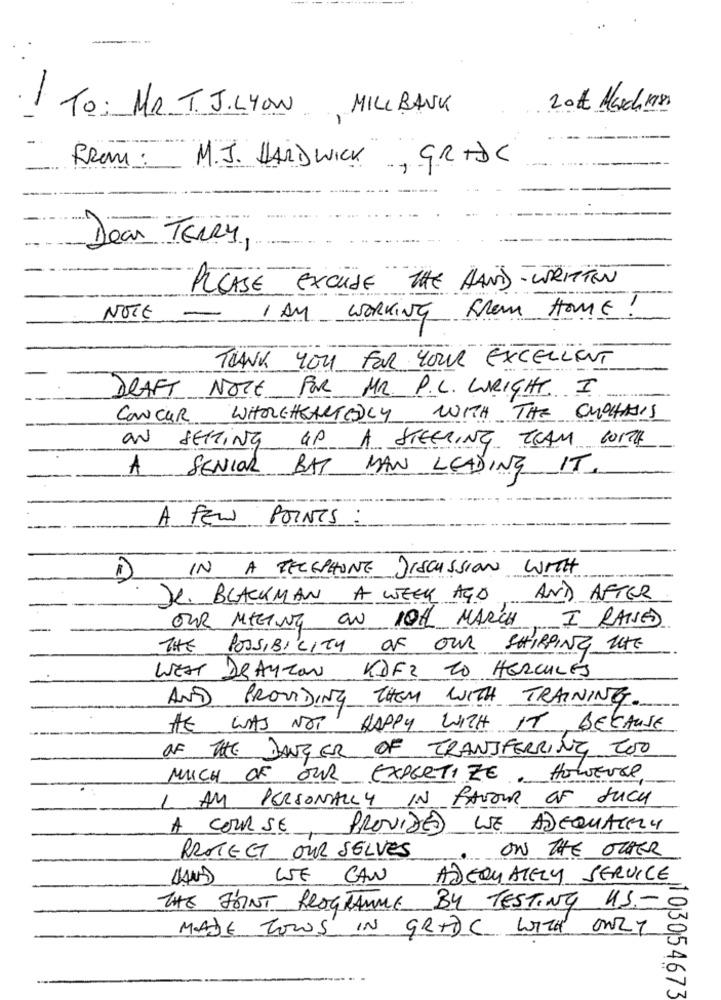
To: MR.T. J.LYON MILLBANK
20th March 1980
FROM:
M. J. HARDWICK , GRADE
Dear TERRY,
PLEASE EXCUSE THE HAND -WRITTEN
I AM WORKING FROM HOME !
NOTE
THANK YOU FOR YOUR EXCELLENT
DRAFT NOTE FOR MR. P.C. WRIGHT I
CONCUR WHOLEHEARTEDLY WITH THE CUPCHASIS
ON SETTING Up A STEERING TEAM WITH
A
SENIOR BAT MAN LEADING IT.
A FEW POINTS
IN A TELEPHONE DISCUSSION WITH
JK. BLACKMAN A WEEK AGO
AND AFTER
OUR MEETING ON 10th MARCH
I RAISED
THE POSSIBILITY OF OUR SHIPPING THE
WEST DRAYTON KDE2 10 HERCULES
AND PROVIDING THEM WITH TRAINING
HE WAS NOT HAPPY WITH IT BECAUSE
OF THE DANGER OF TRANSFERRING TOO
MUCH OF OUR EXPERTIZE, HOWEVER.
I AM PERSONALLY IN FAVOUR OF SUCH
A COURSE
PROVIDED LSE ADEQUATELY
ON THE OTHER
PROTECT OUR SELVES
LE CAN
ADEQUATELY SERVICE
THE JOINT PROGRAMME By TESTING U.S .- C
MADE TOWS IN GRADE WITH ONLY
103054673